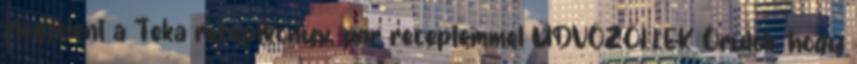
Megjelent a Teka receptkönyv, pár receptemmel ÜDVÖZÖLLEK Örülök, hogy